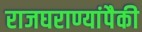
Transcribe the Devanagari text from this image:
राजघराण्यांपैकी